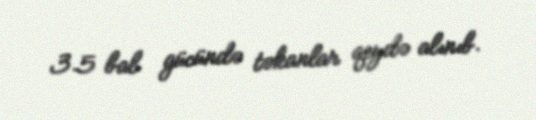
3.5 bal gücündə təkanlar qeydə alınıb.